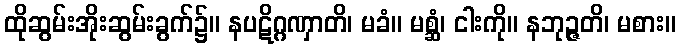
ထိုဆွမ်းအိုးဆွမ်းခွက်၌။ နပဋိဂ္ဂဏှာတိ၊ မခံ။ မစ္ဆံ၊ ငါးကို။ နဘုဉ္ဇတိ၊ မစား။